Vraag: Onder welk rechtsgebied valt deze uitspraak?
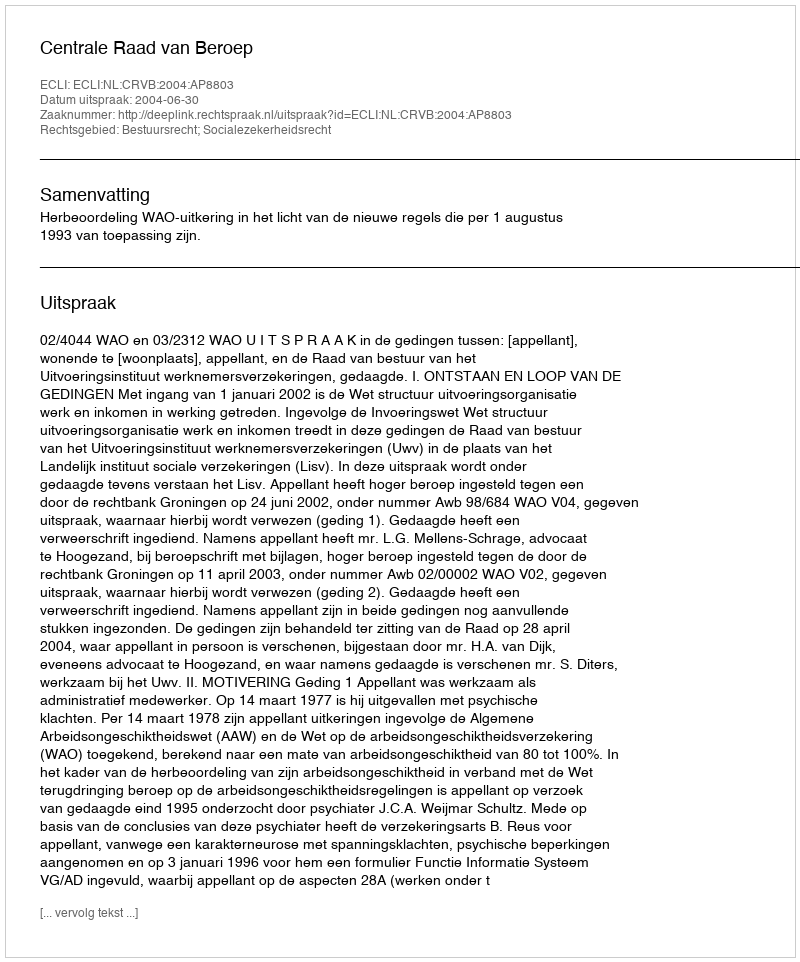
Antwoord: Bestuursrecht; Socialezekerheidsrecht